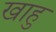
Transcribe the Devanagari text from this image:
खाहु